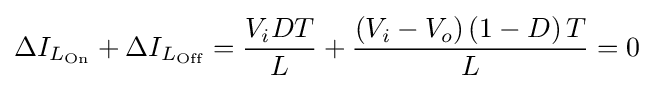
\Delta I_{L_{\text{On}}}+\Delta I_{L_{\text{Off}}}={\frac {V_{i}DT}{L}}+{\frac {\left(V_{i}-V_{o}\right)\left(1-D\right)T}{L}}=0